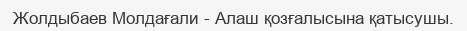
Жолдыбаев Молдағали - Алаш қозғалысына қатысушы.